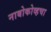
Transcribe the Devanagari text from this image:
नाबोकोव्हचा